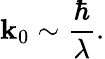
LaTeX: \mathbf{k}_{0}\sim{\frac{{\hbar}}{{\lambda}}}.